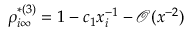
\rho _ { i \infty } ^ { * ( 3 ) } = 1 - c _ { 1 } x _ { i } ^ { - 1 } - \mathcal { O } ( x ^ { - 2 } )